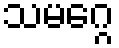
သမဂ္ဂေ